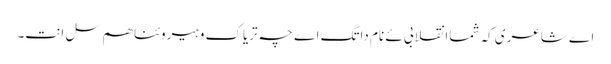
اے شاعری کہ شماانقلابی ئے نام داتگ اے چہ تریاک و ہیروئنا ھم سل انت۔